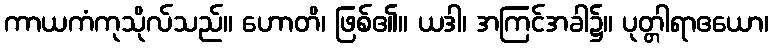
ကာယကံကုသိုလ်သည်။ ဟောတိ၊ ဖြစ်၏။ ယဒါ၊ အကြင်အခါ၌။ ပုတ္တါရာဧယော၊